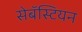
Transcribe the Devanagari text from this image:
सेबॅस्टियन